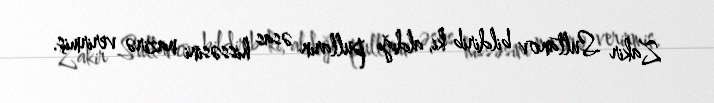
Zakir Sultanov bildirib ki, aldığı pulların əsas hissəsini nazirə verirmiş.